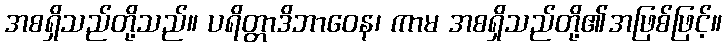
အစရှိသည်တို့သည်။ ပရိတ္တာဒိဘာဝေန၊ ကာမ အစရှိသည်တို့၏အဖြစ်ဖြင့်။